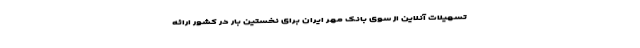
تسهیلات آنلاین از سوی بانک مهر ایران برای نخستین بار در کشور ارائه